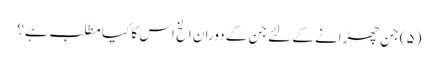
(۵) جن چھڑانے کے لئے جن کے دوران الخ اس کا کیا مطلب ہے؟